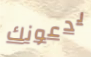
يدعونك